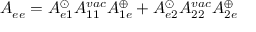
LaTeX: A _ { e e } = A _ { e 1 } ^ { \odot } A _ { 1 1 } ^ { v a c } A _ { 1 e } ^ { \oplus } + A _ { e 2 } ^ { \odot } A _ { 2 2 } ^ { v a c } A _ { 2 e } ^ { \oplus }